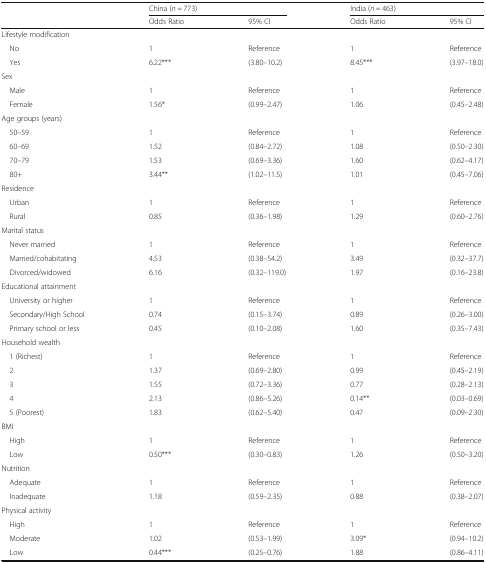
<table><thead><tr><td rowspan="2"></td><td colspan="2"><b>China (<i>n</i> = 773)</b></td><td colspan="2"><b>India (<i>n</i> = 463)</b></td></tr><tr><td><b>Odds Ratio</b></td><td><b>95% CI</b></td><td><b>Odds Ratio</b></td><td><b>95% CI</b></td></tr></thead><tbody><tr><td colspan="5">Lifestyle modification</td></tr><tr><td> No</td><td>1</td><td>Reference</td><td>1</td><td>Reference</td></tr><tr><td> Yes</td><td>6.22***</td><td>(3.80–10.2)</td><td>8.45***</td><td>(3.97–18.0)</td></tr><tr><td colspan="5">Sex</td></tr><tr><td> Male</td><td>1</td><td>Reference</td><td>1</td><td>Reference</td></tr><tr><td> Female</td><td>1.56*</td><td>(0.99–2.47)</td><td>1.06</td><td>(0.45–2.48)</td></tr><tr><td colspan="5">Age groups (years)</td></tr><tr><td> 50–59</td><td>1</td><td>Reference</td><td>1</td><td>Reference</td></tr><tr><td> 60–69</td><td>1.52</td><td>(0.84–2.72)</td><td>1.08</td><td>(0.50–2.30)</td></tr><tr><td> 70–79</td><td>1.53</td><td>(0.69–3.36)</td><td>1.60</td><td>(0.62–4.17)</td></tr><tr><td> 80+</td><td>3.44**</td><td>(1.02–11.5)</td><td>1.01</td><td>(0.45–7.06)</td></tr><tr><td colspan="5">Residence</td></tr><tr><td> Urban</td><td>1</td><td>Reference</td><td>1</td><td>Reference</td></tr><tr><td> Rural</td><td>0.85</td><td>(0.36–1.98)</td><td>1.29</td><td>(0.60–2.76)</td></tr><tr><td colspan="5">Marital status</td></tr><tr><td> Never married</td><td>1</td><td>Reference</td><td>1</td><td>Reference</td></tr><tr><td> Married/cohabitating</td><td>4.53</td><td>(0.38–54.2)</td><td>3.49</td><td>(0.32–37.7)</td></tr><tr><td> Divorced/widowed</td><td>6.16</td><td>(0.32–119.0)</td><td>1.97</td><td>(0.16–23.8)</td></tr><tr><td colspan="5">Educational attainment</td></tr><tr><td> University or higher</td><td>1</td><td>Reference</td><td>1</td><td>Reference</td></tr><tr><td> Secondary/High School</td><td>0.74</td><td>(0.15–3.74)</td><td>0.89</td><td>(0.26–3.00)</td></tr><tr><td> Primary school or less</td><td>0.45</td><td>(0.10–2.08)</td><td>1.60</td><td>(0.35–7.43)</td></tr><tr><td colspan="5">Household wealth</td></tr><tr><td> 1 (Richest)</td><td>1</td><td>Reference</td><td>1</td><td>Reference</td></tr><tr><td> 2</td><td>1.37</td><td>(0.69–2.80)</td><td>0.99</td><td>(0.45–2.19)</td></tr><tr><td> 3</td><td>1.55</td><td>(0.72–3.36)</td><td>0.77</td><td>(0.28–2.13)</td></tr><tr><td> 4</td><td>2.13</td><td>(0.86–5.26)</td><td>0.14**</td><td>(0.03–0.69)</td></tr><tr><td> 5 (Poorest)</td><td>1.83</td><td>(0.62–5.40)</td><td>0.47</td><td>(0.09–2.30)</td></tr><tr><td colspan="5">BMI</td></tr><tr><td> High</td><td>1</td><td>Reference</td><td>1</td><td>Reference</td></tr><tr><td> Low</td><td>0.50***</td><td>(0.30–0.83)</td><td>1.26</td><td>(0.50–3.20)</td></tr><tr><td colspan="5">Nutrition</td></tr><tr><td> Adequate</td><td>1</td><td>Reference</td><td>1</td><td>Reference</td></tr><tr><td> Inadequate</td><td>1.18</td><td>(0.59–2.35)</td><td>0.88</td><td>(0.38–2.07)</td></tr><tr><td colspan="5">Physical activity</td></tr><tr><td> High</td><td>1</td><td>Reference</td><td>1</td><td>Reference</td></tr><tr><td> Moderate</td><td>1.02</td><td>(0.53–1.99)</td><td>3.09*</td><td>(0.94–10.2)</td></tr><tr><td> Low</td><td>0.44***</td><td>(0.25–0.76)</td><td>1.88</td><td>(0.86–4.11)</td></tr></tbody></table>